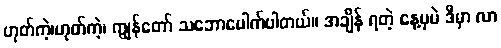
ဟုတ်ကဲ့၊ဟုတ်ကဲ့၊ ကျွန်တော် သဘောပေါက်ပါတယ်။ အချိန် ရတဲ့ နေ့မှပဲ ဒီမှာ လာ